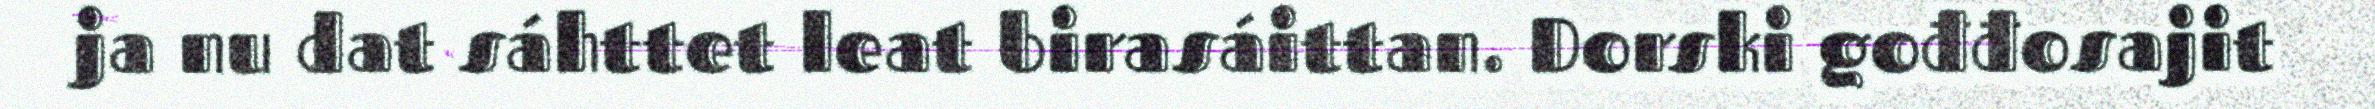
ja nu dat sáhttet leat birasáittan. Dorski gođđosajit